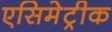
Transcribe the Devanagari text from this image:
एसिमेट्रीक